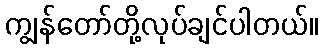
ကျွန်တော်တို့လုပ်ချင်ပါတယ်။